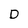
Character: D